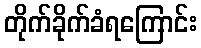
တိုက်ခိုက်ခံရကြောင်း